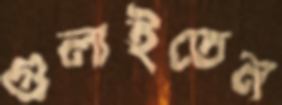
গুলাইতেন